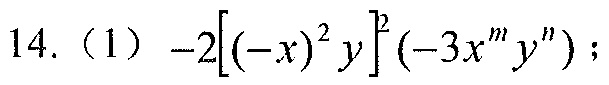
14.（1）\(-2\left[(-x)^{2}y\right]^{2}(-3x^{m}y^{n})\)